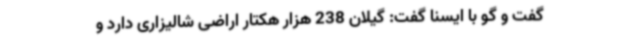
گفت و گو با ایسنا گفت: گیلان 238 هزار هکتار اراضی شالیزاری دارد و